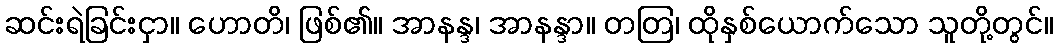
ဆင်းရဲခြင်းငှာ။ ဟောတိ၊ ဖြစ်၏။ အာနန္ဒ၊ အာနန္ဒာ။ တတြ၊ ထိုနှစ်ယောက်သော သူတို့တွင်။